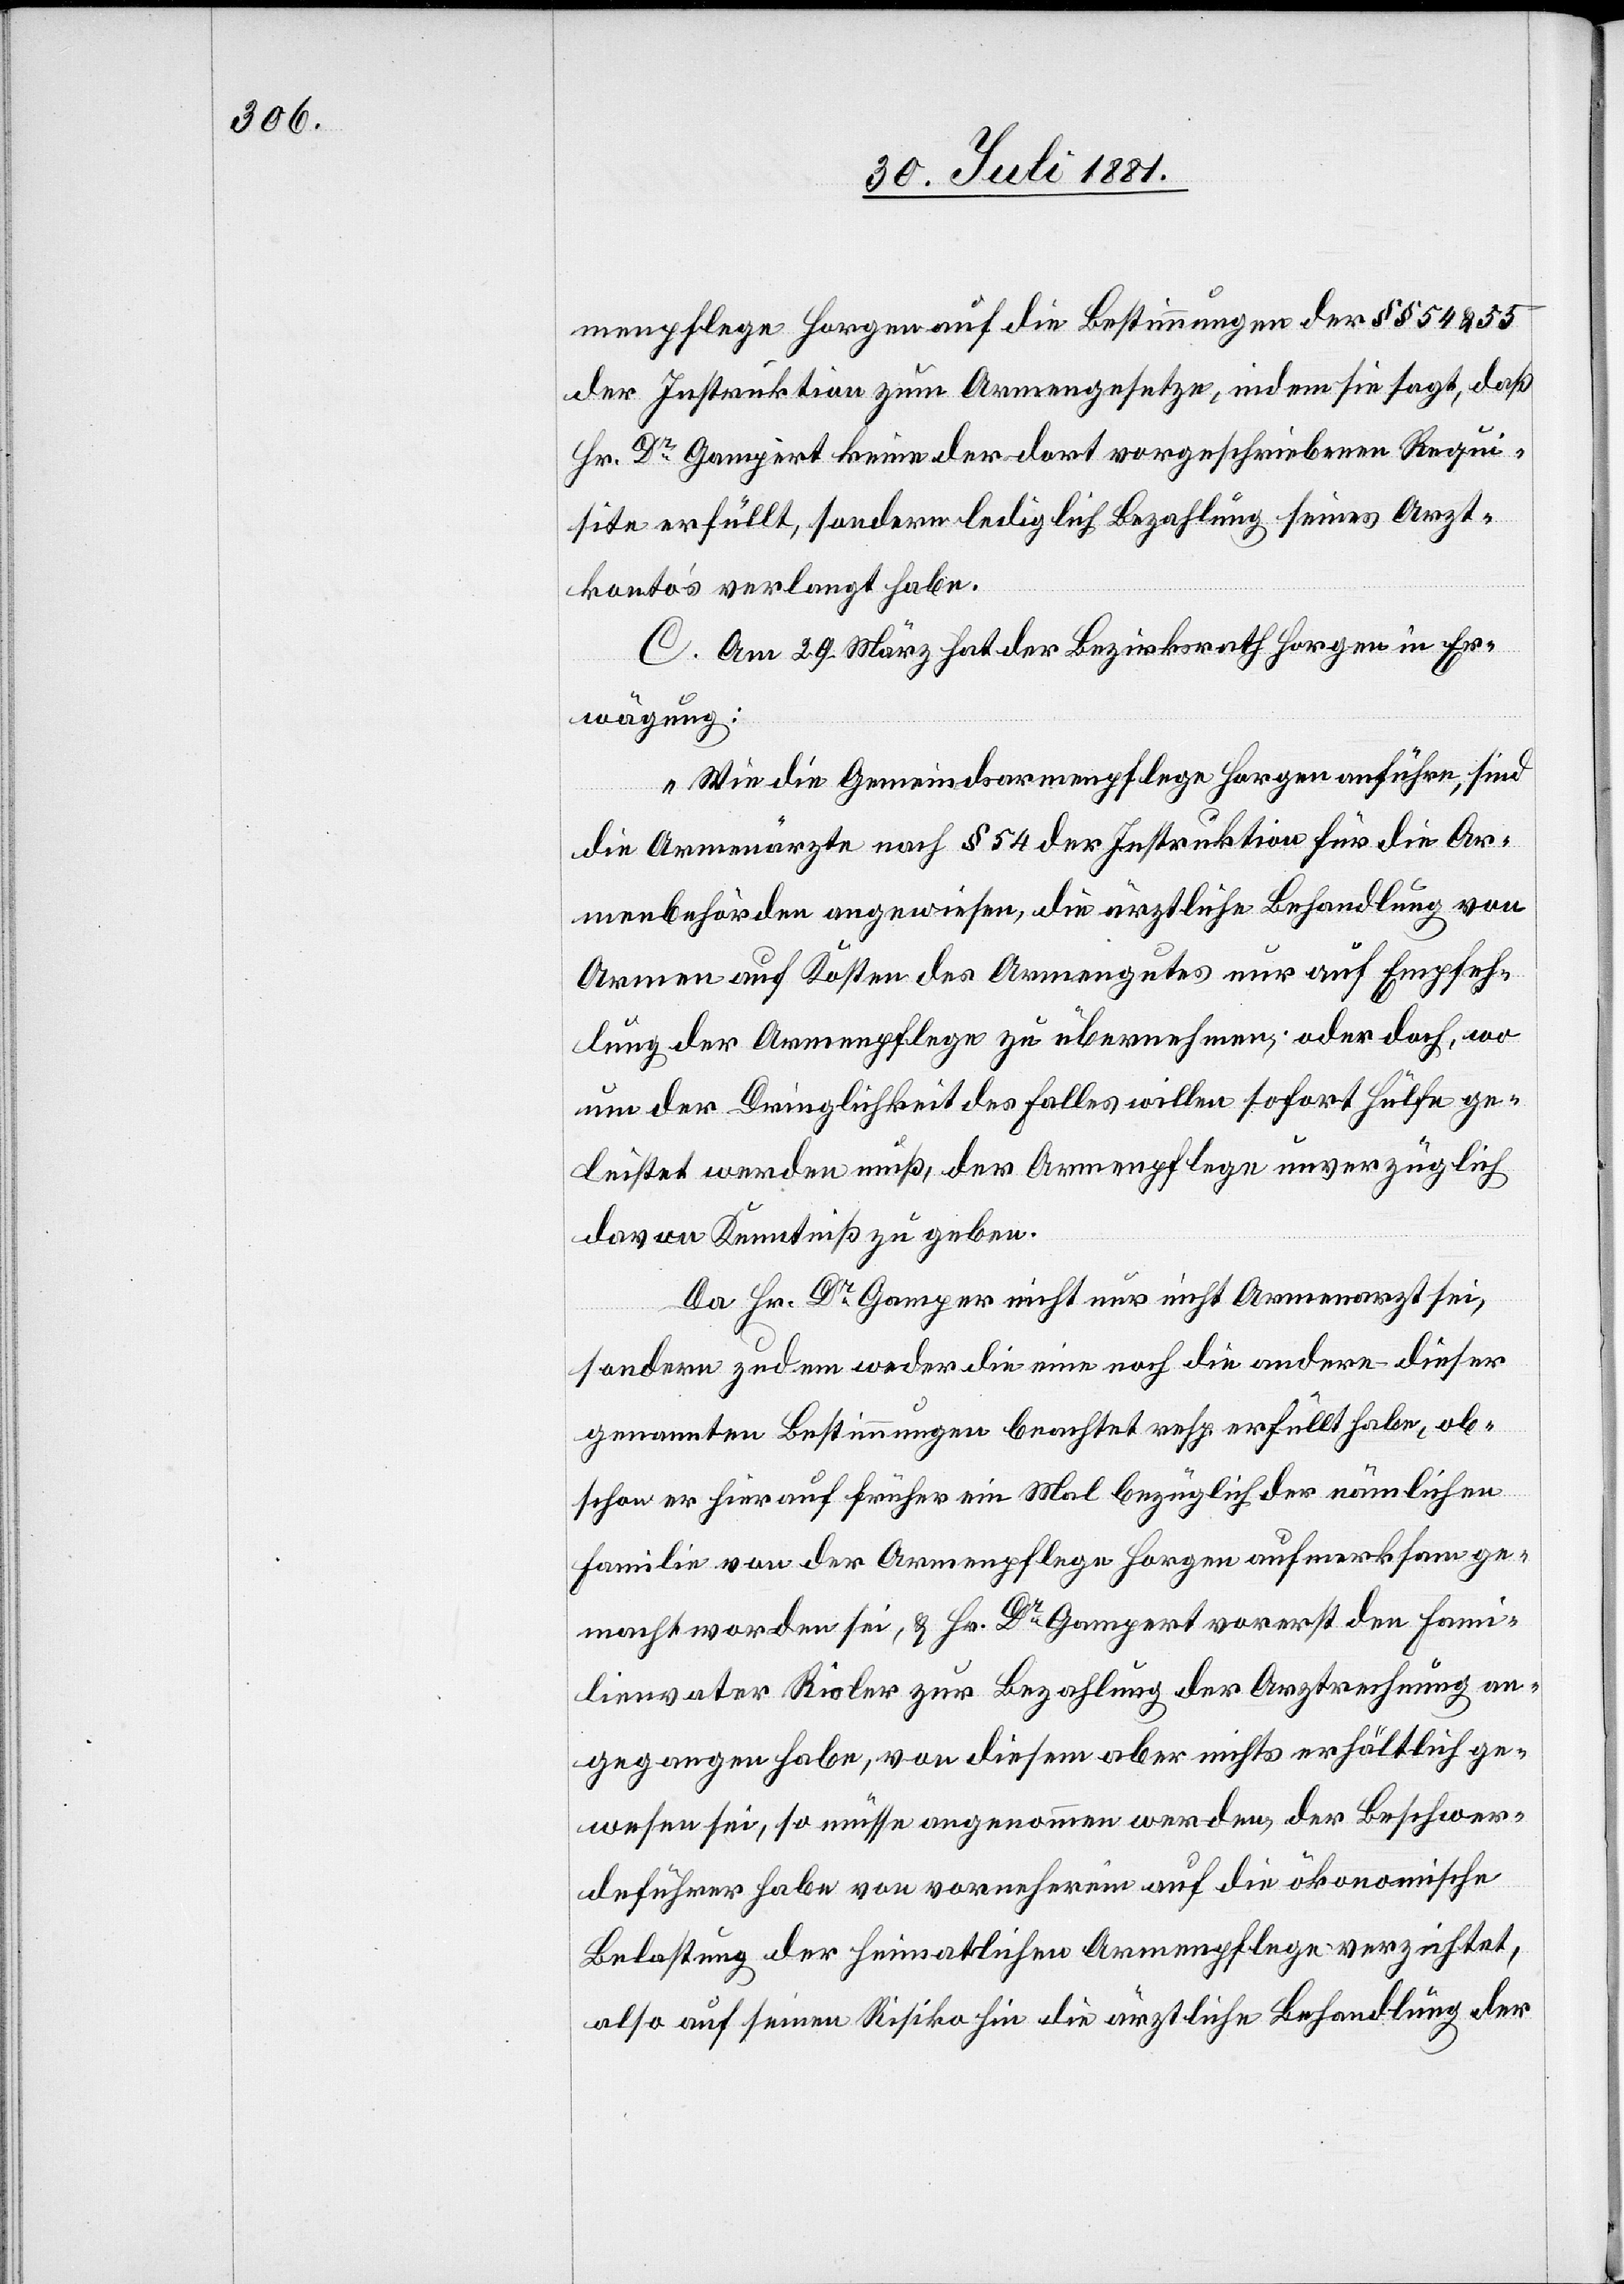
menpflege Horgen auf die Bestimmung der §§ 54 & 55
der Instruktion zum Armengesetze, indem sie sagt, daß
Hr. Dr Gampert keine der dort vorgeschriebenen Requi¬
site erfüllt, sondern lediglich Bezahlung seines Arzt¬
kontos verlangt habe.
C. Am 29. März hat der Bezirksrath Horgen in Er¬
wägung:
„Wie die Gemeindsarmenpflege Horgen anführe, sind
die Armenärzte nach § 54 der Instruktion für die Ar¬
menbehörden angewiesen, die ärztliche Behandlung von
Armen auf Kosten des Armengutes nur auf Empfeh¬
lung der Armenpflege zu übernehmen; oder doch, wo
nun der Dringlichkeit des Falles willen sofort Hülfe ge¬
leistet werden muß, der Armenpflege unverzüglich
davon Kenntniß zu geben.
Da Hr. Dr Gampert nicht nur nicht Armenarzt sei,
sondern zudem weder die eine noch die andere dieser
genannten Bestimmungen beachtet resp. erfüllt habe, ob¬
schon er hierauf früher ein Mal bezüglich der nämlichen
Familie von der Armenpflege Horgen aufmerksam ge¬
macht worden sei, & Hr. Dr Gampert vorerst den Fami¬
lienvater Risler zur Bezahlung der Arztrechnung an¬
gegangen habe, von diesem aber nichts erhältlich ge¬
wesen sei, so müsse angenommen werden, der Beschwer¬
deführer habe von vornherein auf die ökonomische
Belastung der heimatlichen Armenpflege verzichtet,
also auf seinen [sic!] Risiko hin die ärztliche Behandlung der